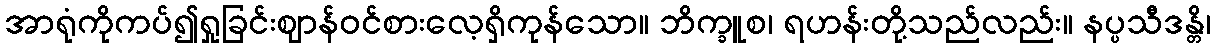
အာရုံကိုကပ်၍ရှုခြင်းဈာန်ဝင်စားလေ့ရှိကုန်သော။ ဘိက္ခူစ၊ ရဟန်းတို့သည်လည်း။ နပ္ပသီဒန္တိ၊